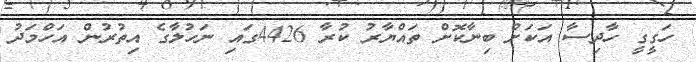
ހަގީގީ ހާދިސާ އަކަށް ބިނާކޮށް ތައްޔާރު ކުރާ 4426ގައި ނަހުލާގެ އިތުރުން އަހްމަދު